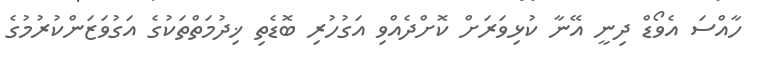
ހާއްސަ އެވޯޑް ދިނީ އޭނާ ކުޅިވަރަށް ކޮށްދެއްވި އަގުހުރި ބޮޑެތި ޚިދުމަތްތަކުގެ އަގުވަޒަންކުރުމުގެ